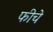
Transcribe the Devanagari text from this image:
फीचे